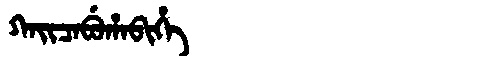
Manchu: ᡴᠠᡳᠴᠠᠪᡠᡥᠠᠪᡳᡥᡝ
Romanization: KAICABUHABIHE